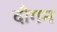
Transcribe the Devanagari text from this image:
दौगन